Civil Veterinary Dept. Assam report 1927-50 - 1927-1950
Year: 1927
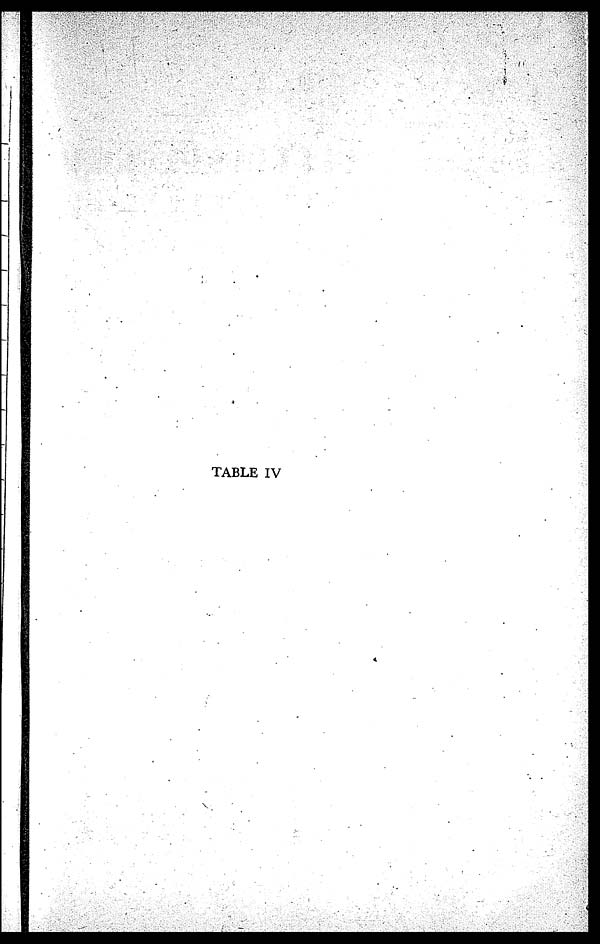
TABLE IV